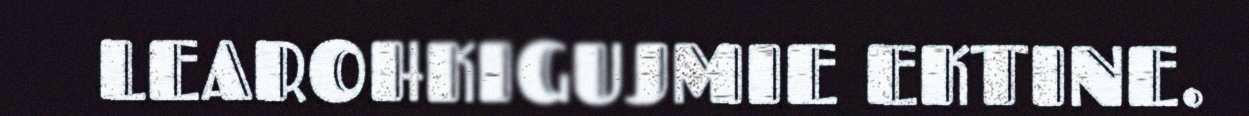
LEAROHKIGUJMIE EKTINE.